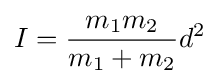
I={\frac {m_{1}m_{2}}{m_{1}+m_{2}}}d^{2}